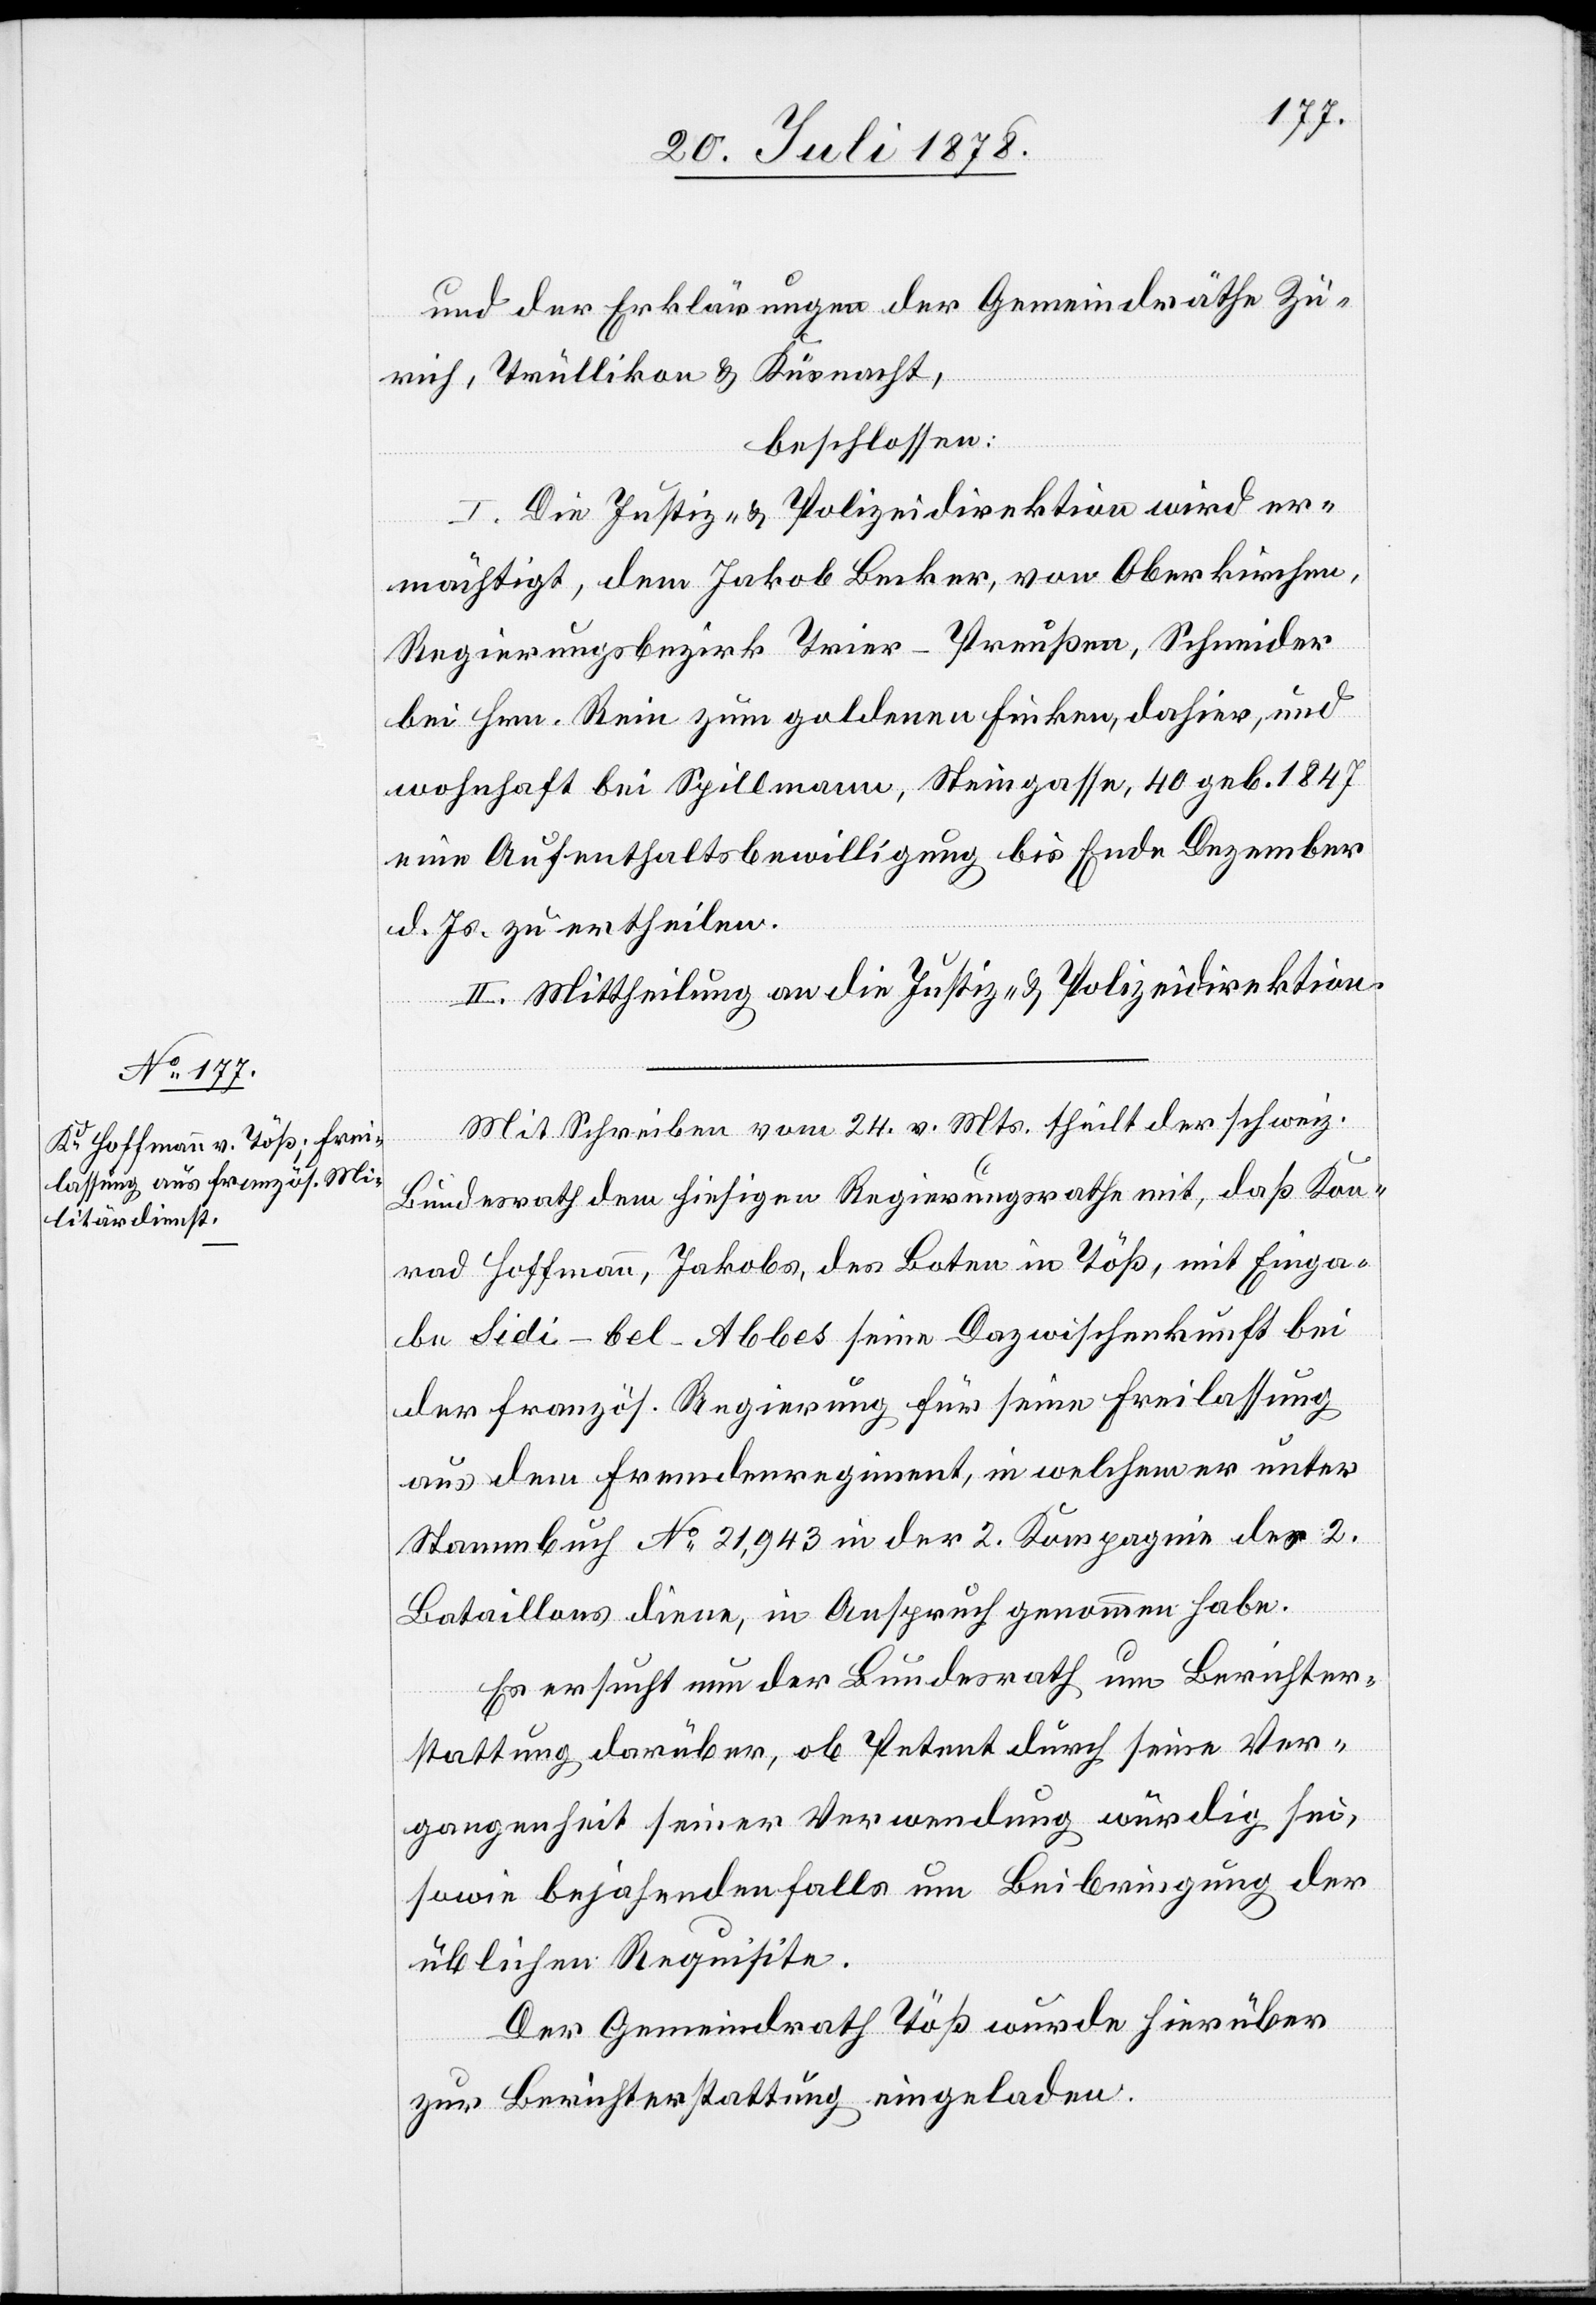
und der Erklärungen der Gemeindräthe Zü¬
rich, Trüllikon & Küsnacht,
beschlossen:
I. Die Justiz- & Polizeidirektion wird er¬
mächtigt, dem Jakob Becker, von Oberkirchen,
Regierungsbezirk Trier - Preußen, Schneider
bei Hrn. Rein zum goldenen Finken, dahier, und
wohnhaft bei Spillmann, Steingasse, 40 geb. 1847
eine Aufenthaltsbewilligung bis Ende Dezember
d. Js. zu ertheilen.
II. Mittheilung an die Justiz- & Polizeidirektion.
Mit Schreiben vom 24. v. Mts. theilt der schweiz.
Bundesrath dem hiesigen Regierungsrathe mit, daß Kon¬
rad Hoffmann, Jakobs, des Boten in Töß, mit Einga¬
be Sidi-bel-Abbes seine Dazwischenkunft bei
der französ. Regierung für seine Freilassung
aus dem Fremdenregiment, in welchem er unter
Stammbuch No 21,943 in der 2. Kompagnie des 2.
Bataillons diene, in Anspruch genommen habe.
Es ersucht nun der Bundesrath um Berichter¬
stattung darüber, ob Petent durch seine Ver¬
gangenheit seiner Verwendung würdig sei,
sowie bejahenden Falls um Beibringung der
üblichen Requisite.
Der Gemeindrath Töß wurde hierüber
zur Berichterstattung eingeladen.